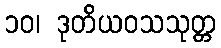
၁၀၊ ဒုတိယဝသသုတ္တ